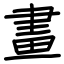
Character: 畫